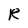
Character: R